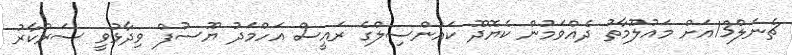
ޗެނަލް13އަށް މައުލޫމާތު ދެއްވަމުން ކެޔޮދޫ ކައުންސިލްގެ ރައީސް އަހްމަދު ޔޫސުފް ވިދާޅުވީ ސަރުކާރު